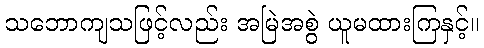
သဘောကျသဖြင့်လည်း အမြဲအစွဲ ယူမထားကြနှင့်။